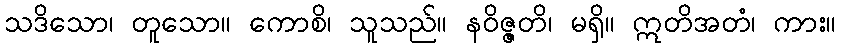
သဒိသော၊ တူသော။ ကောစိ၊ သူသည်။ နဝိဇ္ဇတိ၊ မရှိ။ ဣတိအတံ၊ ကား။